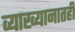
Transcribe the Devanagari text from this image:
व्याख्यानातही